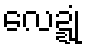
လေဍ္ဍုံ